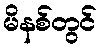
မိနစ်တွင်